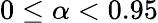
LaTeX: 0\leq\alpha<0.95